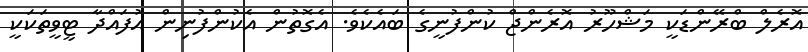
އޮރެލް ބްރޭންޑަކީ މަޝްހޫރު އޮރެންޖް ކުންފުނީގެ ބައެކެވެ. އެގޮތުން އެކުންފުނިން އުފައްދާ ޓީވީތަކަކީ